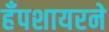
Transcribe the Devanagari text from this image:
हँपशायरने